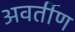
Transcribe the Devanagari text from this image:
अवर्तीण